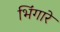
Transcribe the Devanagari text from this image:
भिंगारे